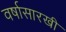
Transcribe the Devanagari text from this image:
वर्षासारखी